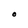
Character: O